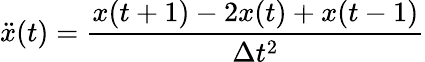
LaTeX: \ddot{x}(t)=\frac{x(t+1)-2x(t)+x(t-1)}{\Delta t^{2}}